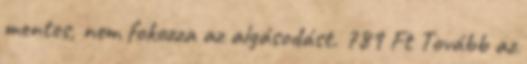
mentes, nem fokozza az algásodást. 789 Ft Tovább az